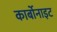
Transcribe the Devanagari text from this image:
कार्बोनाइट